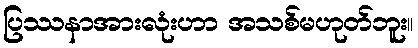
ပြဿနာအားလုံးဟာ အသစ်မဟုတ်ဘူး။